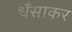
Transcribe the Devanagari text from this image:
धँसाकर